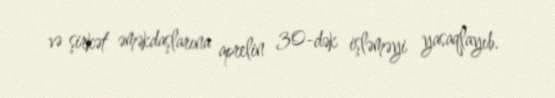
və şirkət əməkdaşlarına aprelin 30-dək işləməyi yasaqlayıb.